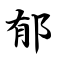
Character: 郁